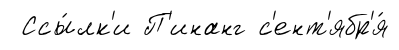
Ссы́лк'и П'инанг с'ент'ябр'я́